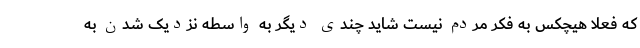
که فعلا هیچکس به فکر مردم نیست شاید چندی دیگر به واسطه نزدیک شدن به